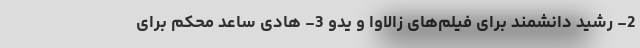
2- رشید دانشمند برای فیلم‌های زالاوا و یدو 3- هادی ساعد محکم برای